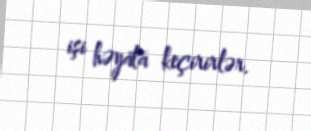
işi həyata keçirirlər.